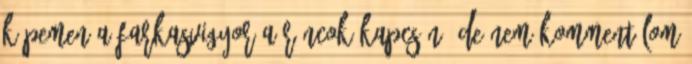
képemen a farkasvigyor a ráncok kapcsán, de nem kommentálom